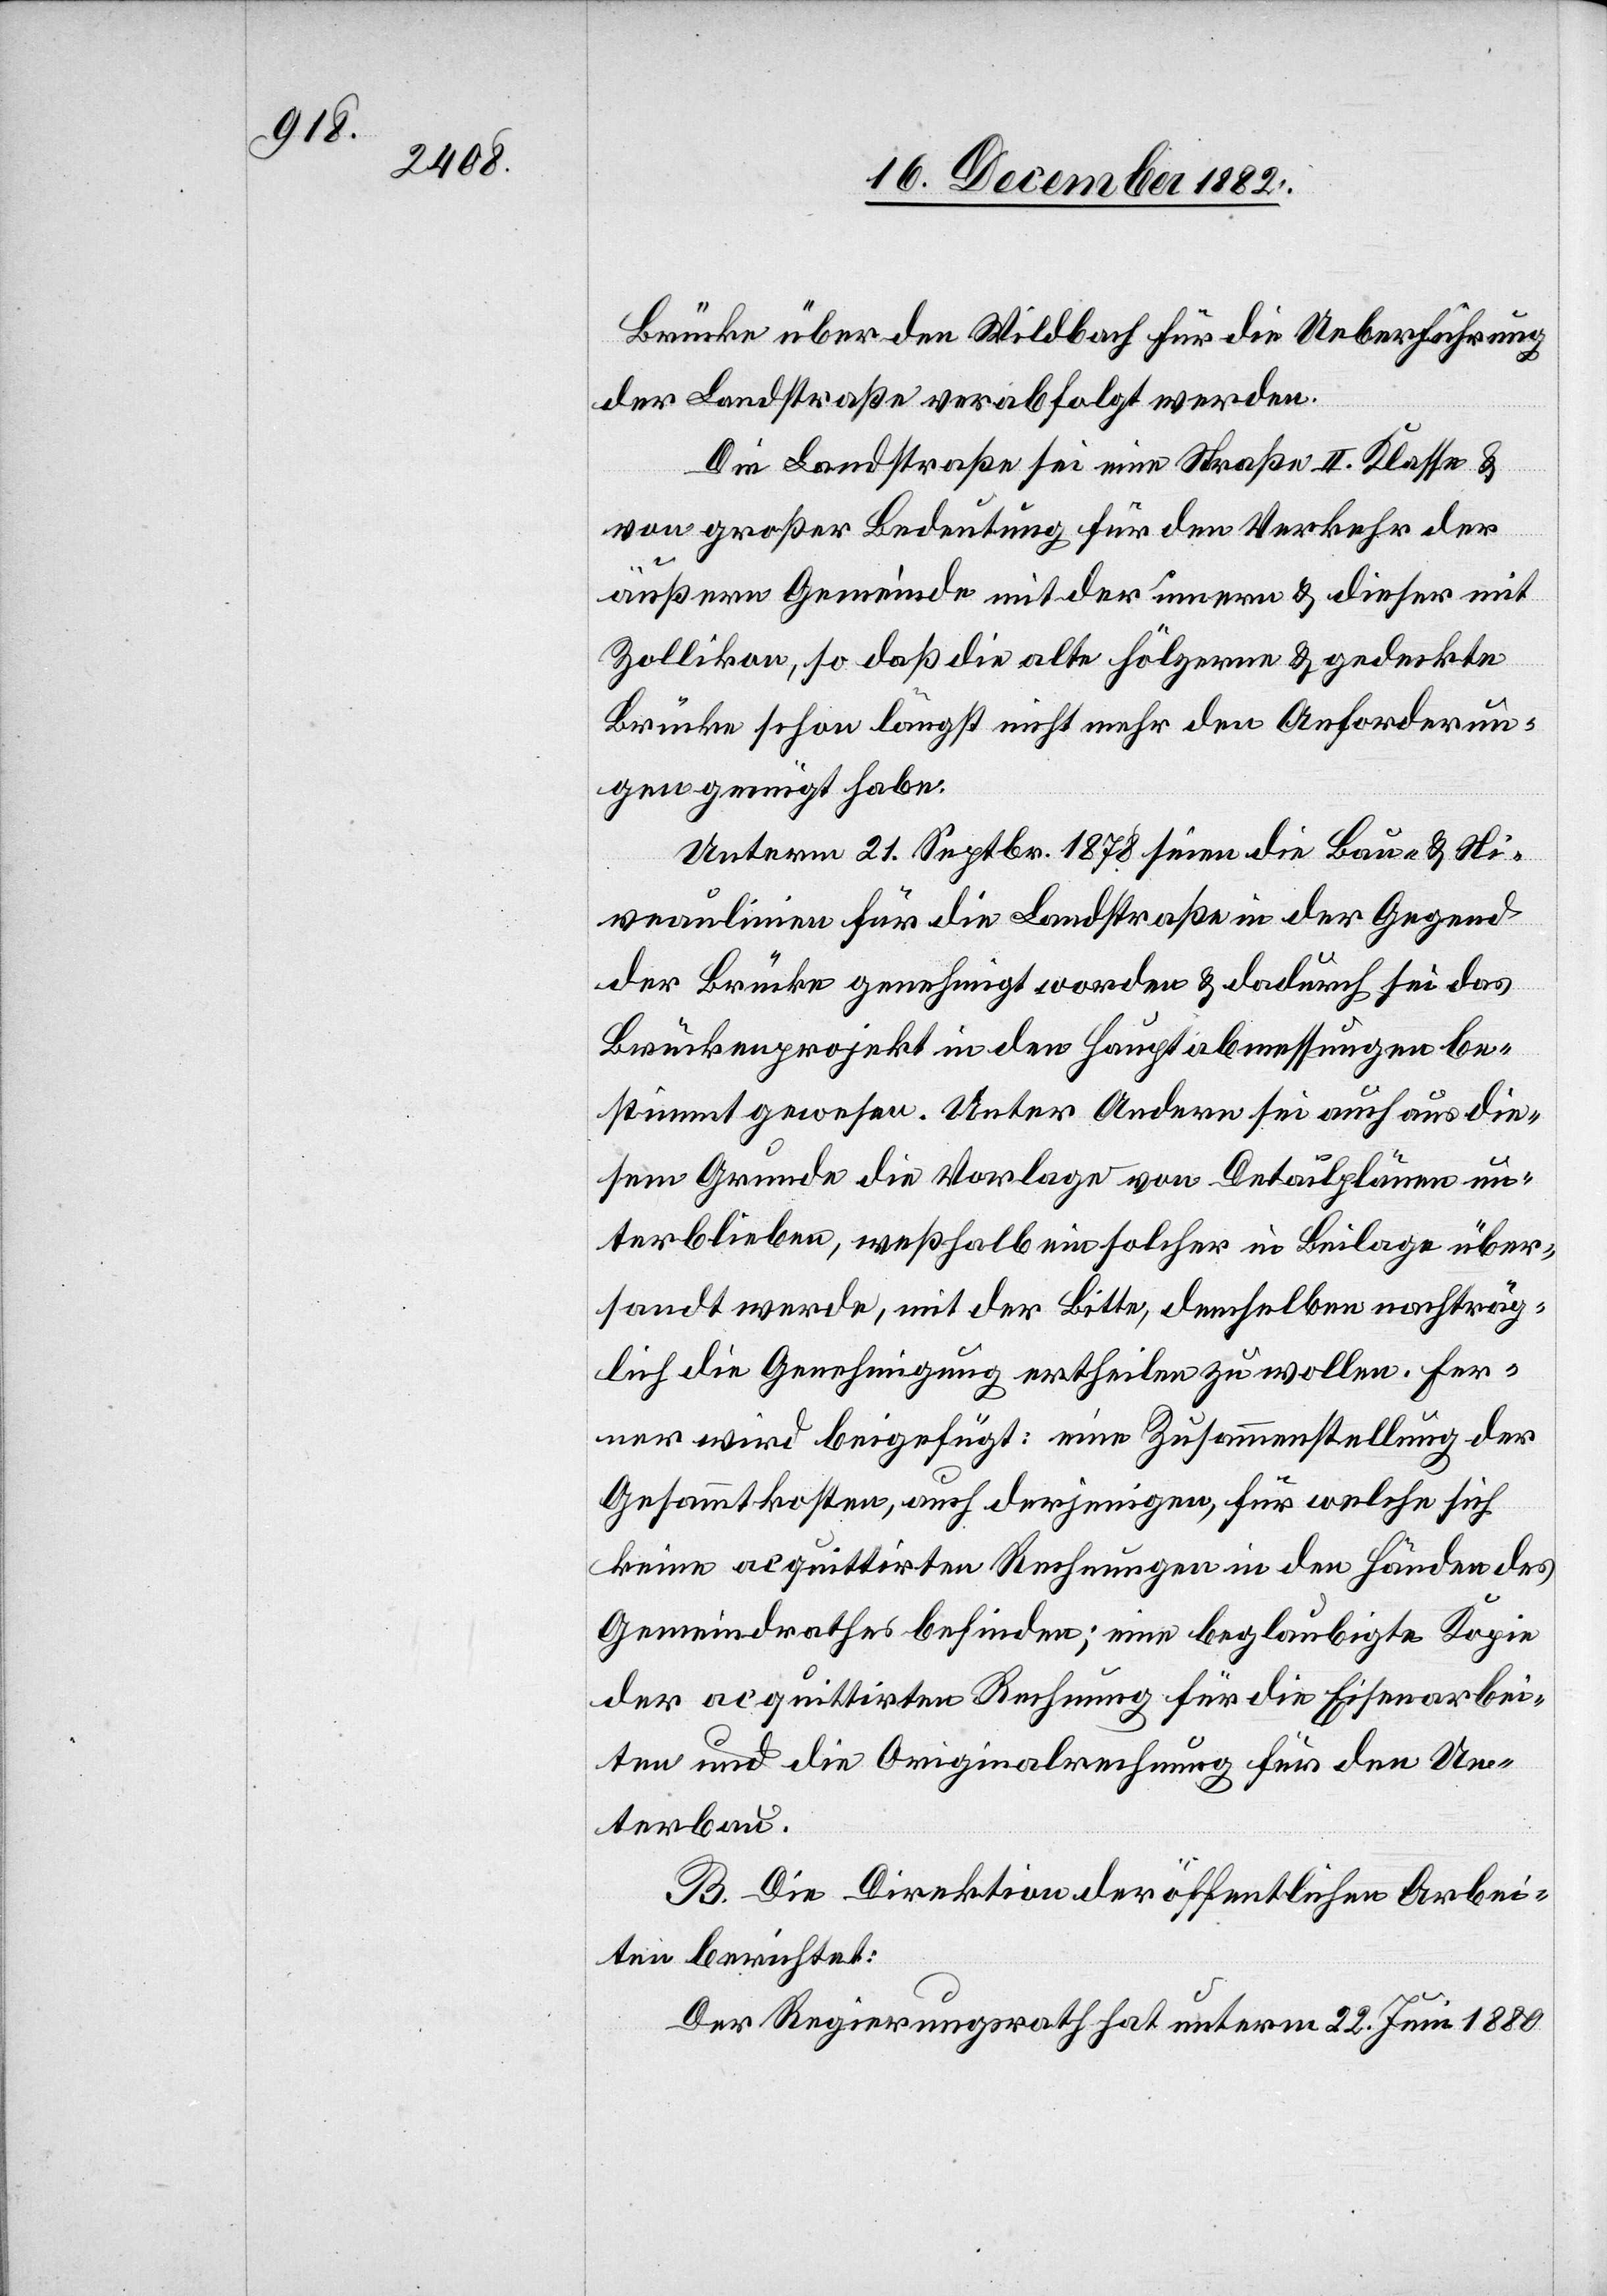
Brücke über den Wildbach für die Ueberführung
der Landstraße verabfolgt werden.
Die Landstraße sei eine Straße II. Klasse &
von großer Bedeutung für den Verkehr der
äußern Gemeinde mit der innern & dieser mit
Zollikon, so daß die alte hölzerne & gedeckte
Brücke schon längst nicht mehr den Anforderun¬
gen genügt habe.
Unterm 21. Septbr. 1878 seien die Bau- & Ni¬
veaulinien für die Landstraße in der Gegend
der Brücke genehmigt worden & dadurch sei das
Brückenprojekt in den Hauptabmessungen be¬
stimmt gewesen. Unter Andern sei auch aus die¬
sem Grunde die Vorlage von Detailplänen un¬
terblieben, weßhalb ein solcher in Beilage über¬
sandt werde, mit der Bitte, demselben nachträg¬
lich die Genehmigung ertheilen zu wollen. Fer¬
ner wird beigefügt: eine Zusammenstellung der
Gesammtkosten, auch derjenigen, für welche sich
keine acquittirten Rechnungen in den Händen des
Gemeindrathes befinden; eine beglaubigte Kopie
der acquittirten Rechnung für die Eisenarbei¬
ten und die Originalrechnung für den Un¬
terbau.
B. Die Direktion der öffentlichen Arbei¬
ten berichtet:
Der Regierungsrath hat unterm 22. Juni 1880